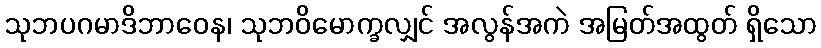
သုဘပဂမာဒိဘာဝေန၊ သုဘဝိမောက္ခလျှင် အလွန်အကဲ အမြတ်အထွတ် ရှိသော